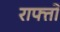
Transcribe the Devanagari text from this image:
राफ्तो